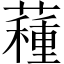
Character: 𧀑